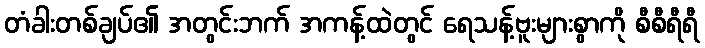
တံခါးတစ်ချပ်၏ အတွင်းဘက် အကန့်ထဲတွင် ရေသန့်ဗူးများစွာကို စီစီရီရီ